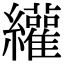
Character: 䌯